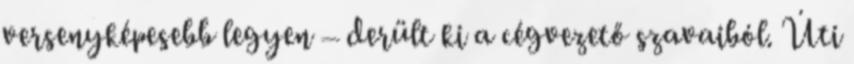
versenyképesebb legyen – derült ki a cégvezető szavaiból. Úti